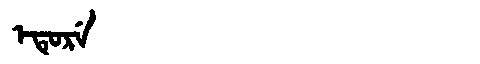
Manchu: ᡝᡨᡠᡵᡝ
Romanization: ETURE